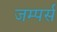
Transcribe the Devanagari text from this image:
जम्पर्स